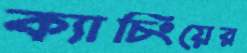
ক্যাচিংয়ের